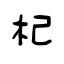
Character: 杞